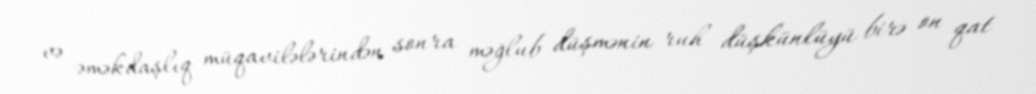
və əməkdaşlıq müqavilələrindən sonra məğlub düşmənin ruh düşkünlüyü birə on qat